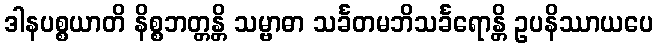
ဒါနပစ္စယာတိ နိစ္စဘတ္တန္တိ သမ္ဗာဓာ သင်္ခတမဘိသင်္ခရောန္တိ ဥပနိဿာယပေ